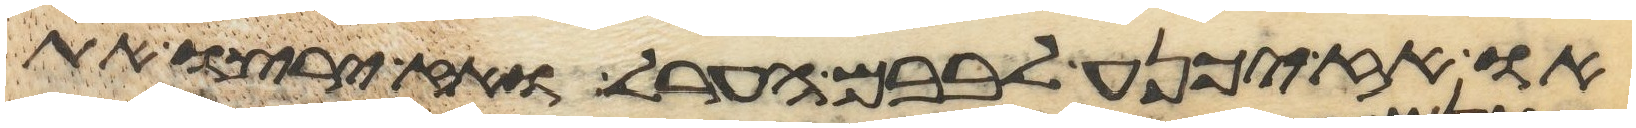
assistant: או אז יכנע לבבם הערל ואז ירצו את